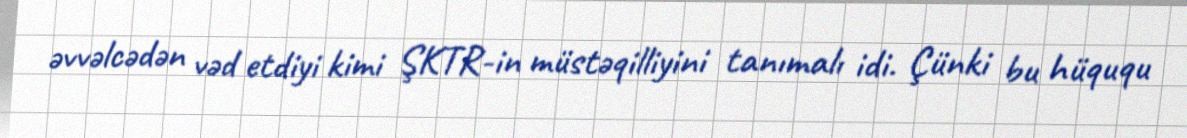
əvvəlcədən vəd etdiyi kimi ŞKTR-in müstəqilliyini tanımalı idi. Çünki bu hüququ